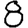
Digit: 8